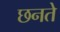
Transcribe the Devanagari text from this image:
छनते